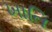
ખાતિ